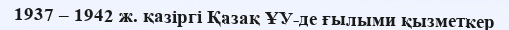
1937 – 1942 ж. қазіргі Қазақ ҰУ-де ғылыми қызметкер